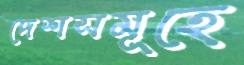
দেশসমূহে